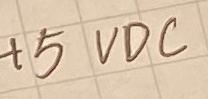
Text: +5VDC